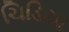
ચિડિયા